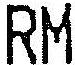
RM